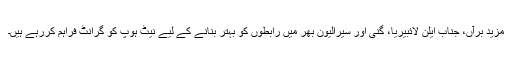
مزید برآں، جناب ایلن لائبیریا، گنی اور سیرالیون بھر میں رابطوں کو بہتر بنانے کے لیے نیٹ ہوپ کو گرانٹ فراہم کررہے ہیں۔